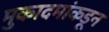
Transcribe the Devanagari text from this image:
मुकादमांकडून